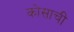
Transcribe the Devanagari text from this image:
कोसाची